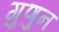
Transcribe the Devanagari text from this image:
गुणुन